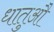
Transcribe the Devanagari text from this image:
धातुऔं